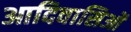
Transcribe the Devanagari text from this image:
आदिवासिओं